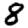
Digit: 8